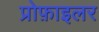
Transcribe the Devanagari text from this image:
प्रोफ़ाइलर